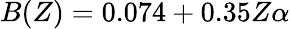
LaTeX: B(Z)=0.074+0.35Z\alpha